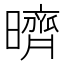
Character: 𣋠